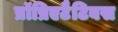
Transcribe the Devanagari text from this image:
प्रॉप्रिएटैटिबस